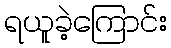
ရယူခဲ့ကြောင်း